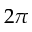
2 \pi